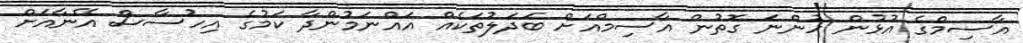
އާސިމްގެ އުޅުން ހުންނަ ގޮތުން އާސިމްއަށް ބަދަލުތަކެއް އައްނަމުންދާ ކަމުގެ އިހުސާސް އޭނާއަށް